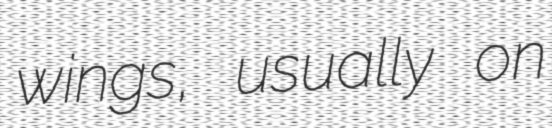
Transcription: wings, usually on